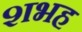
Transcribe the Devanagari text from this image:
शभह